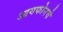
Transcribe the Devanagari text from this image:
आयफोनचे